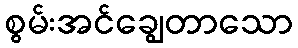
စွမ်းအင်ချွေတာသော